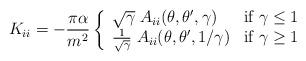
LaTeX: \begin{align*}K_{ii}=-\frac{\pi\alpha}{m^2}\left\{\begin{array}{ll}\sqrt{\gamma} \;A_{ii}(\theta,\theta',\gamma) & \mbox{if $\gamma\leq 1$}\\{1\over\sqrt\gamma}\;A_{ii}(\theta,\theta',1/\gamma) & \mbox{if $\gamma\geq 1$}\end{array}\right.\end{align*}